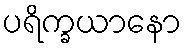
ပရိက္ခယာနော